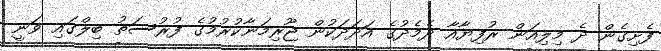
ފެށިގެން ދެ މިލިއަން ރުފިޔާއާ ދެމެދުގެ އަދަދަކުން ޖޫރިމަނާކުރުމުގެ ފުރުސަތު ބިލްގައި ވަނީ